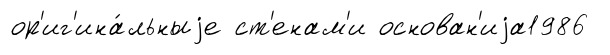
ор'иг'ина́льныjе ст'енам'и основан'иjа1986